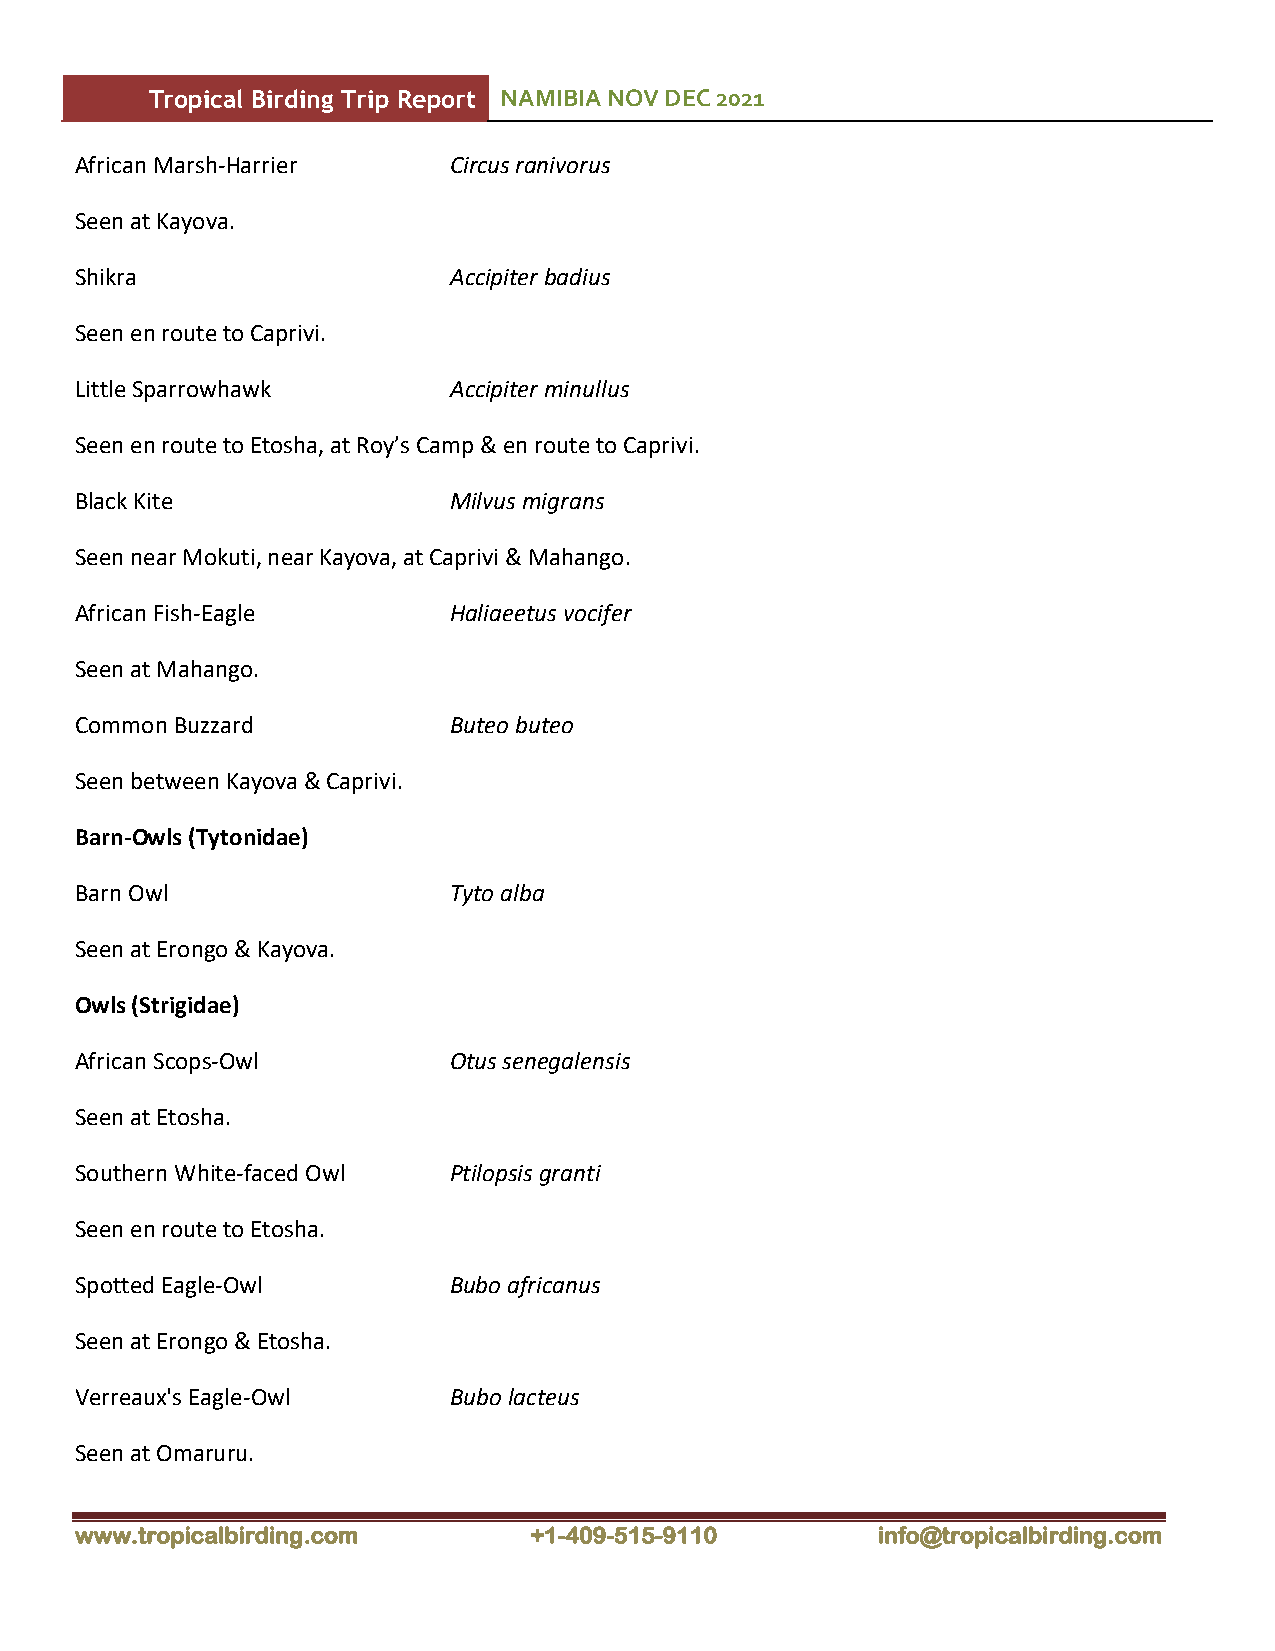
Tropical Birding Trip Report NAMIBIA NOV DEC 2021
 African Marsh-Harrier    Circus ranivorus
 Seen at Kayova.
 Shikra                   Accipiter badius
 Seen en route to Caprivi.
 Little Sparrowhawk       Accipiter minullus
 Seen en route to Etosha, at Roy’s Camp & en route to Caprivi.
 Black Kite               Milvus migrans
 Seen near Mokuti, near Kayova, at Caprivi & Mahango.
 African Fish-Eagle       Haliaeetus vocifer
 Seen at Mahango.
 Common Buzzard           Buteo buteo
 Seen between Kayova & Caprivi.
 Barn-Owls (Tytonidae)
 Barn Owl                 Tyto alba
 Seen at Erongo & Kayova.
 Owls (Strigidae)
 African Scops-Owl        Otus senegalensis
 Seen at Etosha.
 Southern White-faced Owl Ptilopsis granti
 Seen en route to Etosha.
 Spotted Eagle-Owl        Bubo africanus
 Seen at Erongo & Etosha.
 Verreaux's Eagle-Owl     Bubo lacteus
 Seen at Omaruru.
 www.tropicalbirding.com       +1-409-515-9110        info@tropicalbirding.com